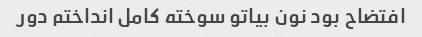
افتضاح بود نون بیاتو سوخته کامل انداختم دور